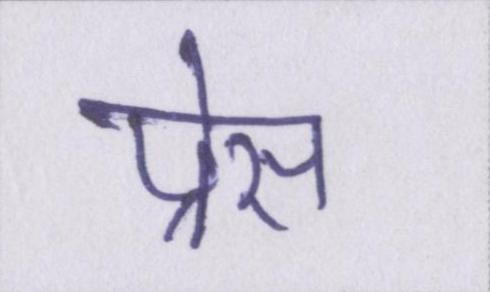
प्रेस